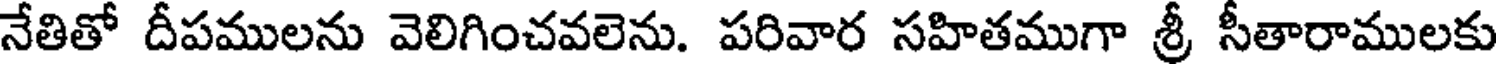
నేతితో దీపములను వెలిగించవలెను. పరివార సహితముగా శ్రీ సీతారాములకు